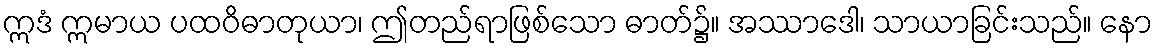
ဣဒံ ဣမာယ ပထဝိဓာတုယာ၊ ဤတည်ရာဖြစ်သော ဓာတ်၌။ အဿာဒေါ၊ သာယာခြင်းသည်။ နော